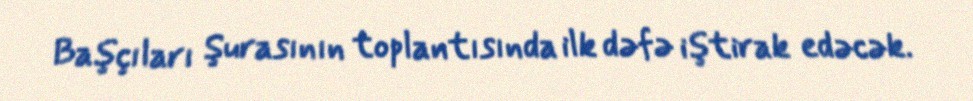
Başçıları Şurasının toplantısında ilk dəfə iştirak edəcək.